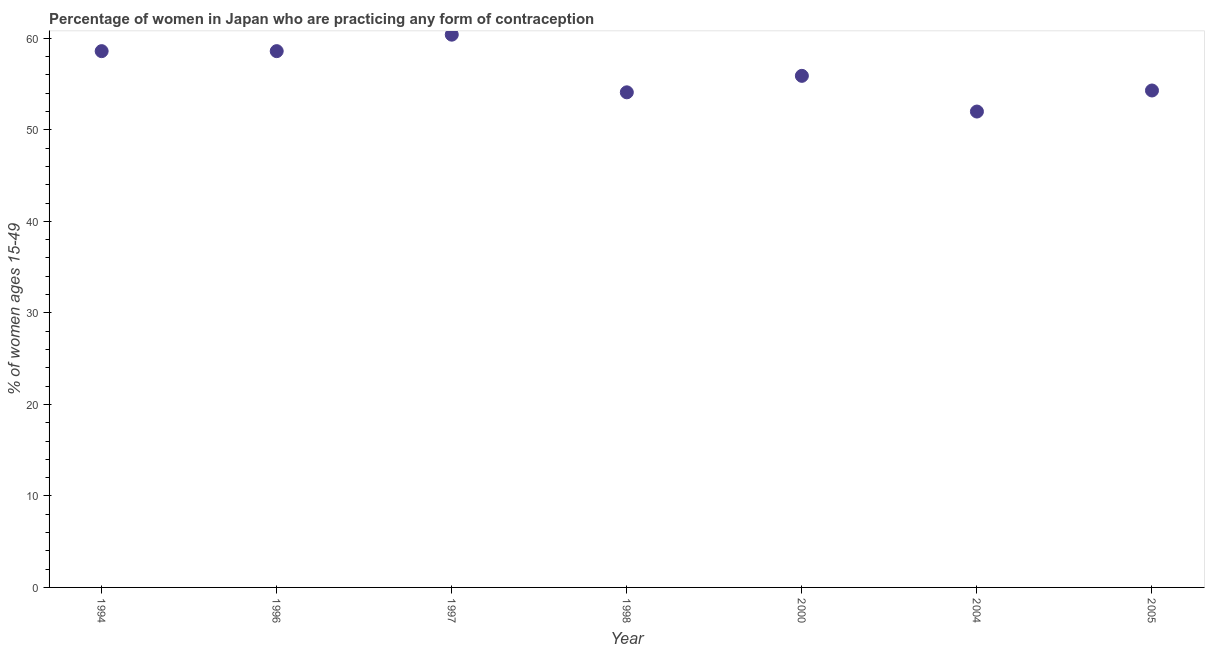
| Year | Contraceptive prevalence |
 | --- | --- |
 | 1994 | 58.6 |
 | 1996 | 58.6 |
 | 1997 | 60.4 |
 | 1998 | 54.1 |
 | 2000 | 55.9 |
 | 2004 | 52 |
 | 2005 | 54.3 |